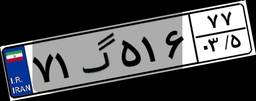
۷۱گ۵۱۶۷۷